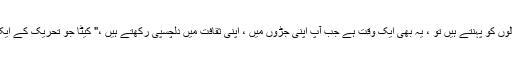
"جب آپ قدرتی طور پر اپنے بالوں کو پہنتے ہیں تو ، یہ بھی ایک وقت ہے جب آپ اپنی جڑوں میں ، اپنی ثقافت میں دلچسپی رکھتے ہیں ،" کیٹا جو تحریک کے ایک پرستار بھی شامل کرتے ہیں۔